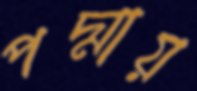
পদ্মায়